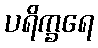
ပရိက္ခရေ